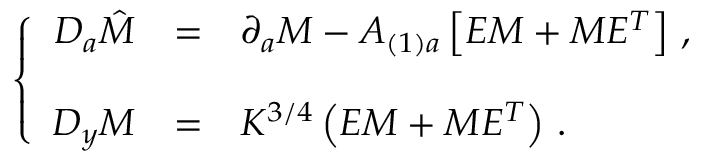
\left\{ \begin{array} { r c l } { { { \cal D } _ { a } \hat { \cal M } } } & { { = } } & { { \partial _ { a } { \cal M } - A _ { ( 1 ) a } \left[ { \cal E } { \cal M } + { \cal M } { \cal E } ^ { T } \right] \, , } } \\ { { } } & { { } } & { { } } \\ { { { \cal D } _ { y } { \cal M } } } & { { = } } & { { K ^ { 3 / 4 } \left( { \cal E } { \cal M } + { \cal M } { \cal E } ^ { T } \right) \, . } } \end{array} \right.